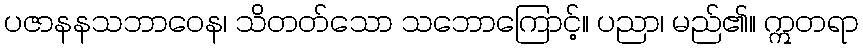
ပဇာနနသဘာဝေန၊ သိတတ်သော သဘောကြောင့်။ ပညာ၊ မည်၏။ ဣတရာ